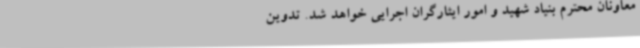
معاونان محترم بنیاد شهید و امور ایثارگران اجرایی خواهد شد. تدوین